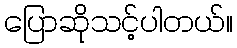
ပြောဆိုသင့်ပါတယ်။